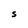
Character: S